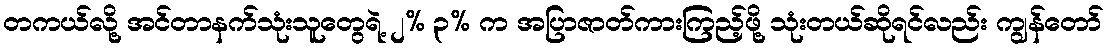
တကယ်လို့ အင်တာနက်သုံးသူတွေရဲ့ ၂% ၃% က အပြာဇာတ်ကားကြည့်ဖို့ သုံးတယ်ဆိုရင်လည်း ကျွန်တော်